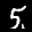
Label: 5